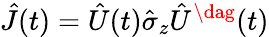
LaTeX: \hat{J}(t)=\hat{U}(t)\hat{\sigma}_{z}\hat{U}^{\dag}(t)